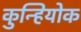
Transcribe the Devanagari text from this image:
कुन्हियोक